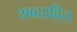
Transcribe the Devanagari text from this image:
शब्दरहित